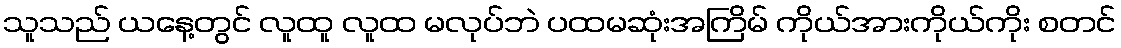
သူသည် ယနေ့တွင် လူထူ လူထ မလုပ်ဘဲ ပထမဆုံးအကြိမ် ကိုယ်အားကိုယ်ကိုး စတင်